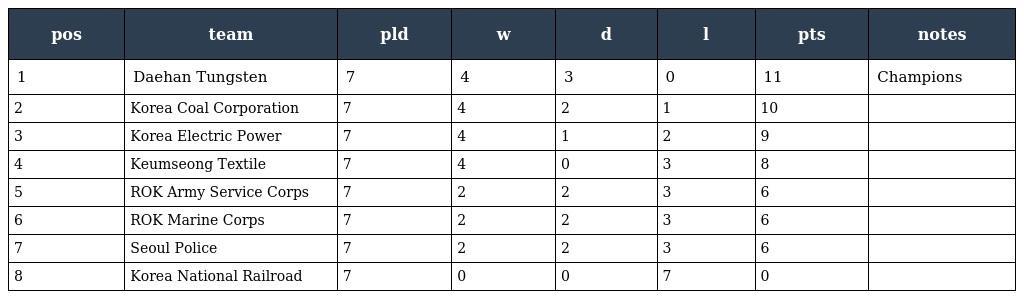
| pos | team | pld | w | d | l | pts | notes |
 | --- | --- | --- | --- | --- | --- | --- | --- |
 | 1 | Daehan Tungsten | 7 | 4 | 3 | 0 | 11 | Champions |
 | 2 | Korea Coal Corporation | 7 | 4 | 2 | 1 | 10 |  |
 | 3 | Korea Electric Power | 7 | 4 | 1 | 2 | 9 |  |
 | 4 | Keumseong Textile | 7 | 4 | 0 | 3 | 8 |  |
 | 5 | ROK Army Service Corps | 7 | 2 | 2 | 3 | 6 |  |
 | 6 | ROK Marine Corps | 7 | 2 | 2 | 3 | 6 |  |
 | 7 | Seoul Police | 7 | 2 | 2 | 3 | 6 |  |
 | 8 | Korea National Railroad | 7 | 0 | 0 | 7 | 0 |  |